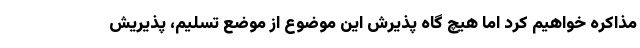
مذاکره خواهیم کرد اما هیچ گاه پذیرش این موضوع از موضع تسلیم، پذیریش